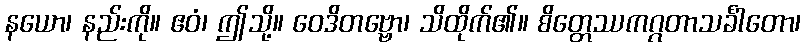
နယော၊ နည်းကို။ ဧဝံ၊ ဤသို့။ ဝေဒိတဗ္ဗော၊ သိထိုက်၏။ စိတ္တေဿကဂ္ဂတာသင်္ခါတော၊